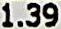
1.39